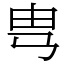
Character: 㽕